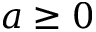
a \geq 0